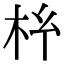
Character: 𭩡